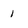
Character: 1